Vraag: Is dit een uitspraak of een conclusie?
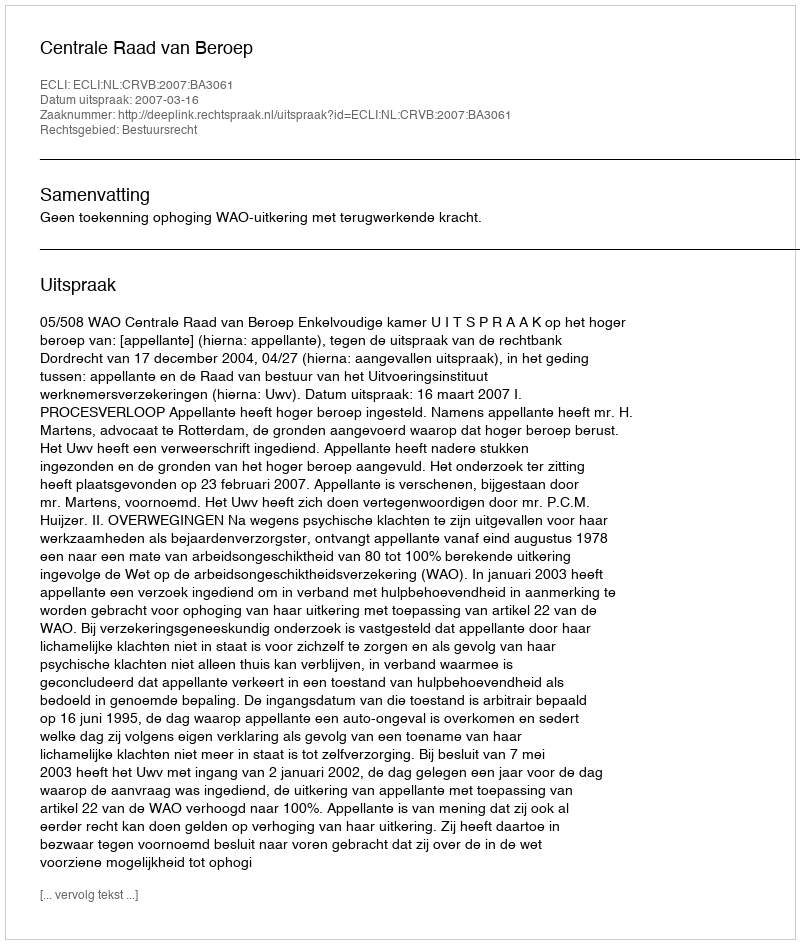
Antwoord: Uitspraak